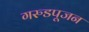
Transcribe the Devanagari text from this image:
गरुडपूजन